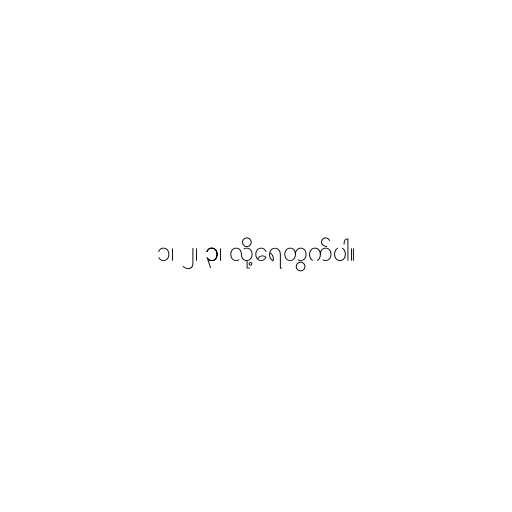
၁၊ ၂၊ ၃၊ လို့ရေတွက်ပါ။